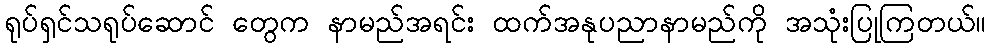
ရုပ်ရှင်သရုပ်ဆောင် တွေက နာမည်အရင်း ထက်အနုပညာနာမည်ကို အသုံးပြုကြတယ်။